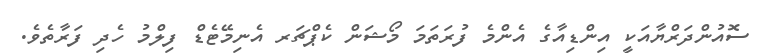
ސޮއުންދަރްޔާއަކީ އިންޑިއާގެ އެންމެ ފުރަތަމަ މޯޝަން ކެޕްޗަރ އެނިމޭޓެޑް ފިލްމު ހެދި ފަރާތެވެ.